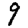
Digit: 9